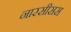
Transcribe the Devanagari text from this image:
नारसीसस